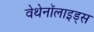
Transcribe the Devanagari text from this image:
वेथेनॉलाइड्स